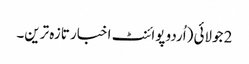
2 جولائی (اُردو پوائنٹ اخبار تازہ ترین۔